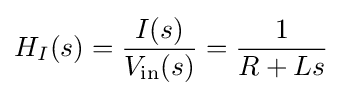
H_{I}(s)={\frac {I(s)}{V_{\mathrm {in} }(s)}}={\frac {1}{R+Ls}}